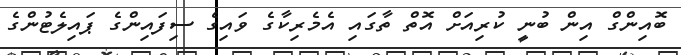
ބޮއިންގް އިން ބުނީ ކުރިއަށް އޮތް ތާގައި އެމެރިކާގެ ވައިގެ ސިފައިންގެ ޕައިލެޓުންގެ